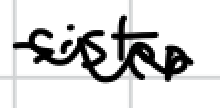
Text: sister
Cross-out: mix
Writing tool: digital_black